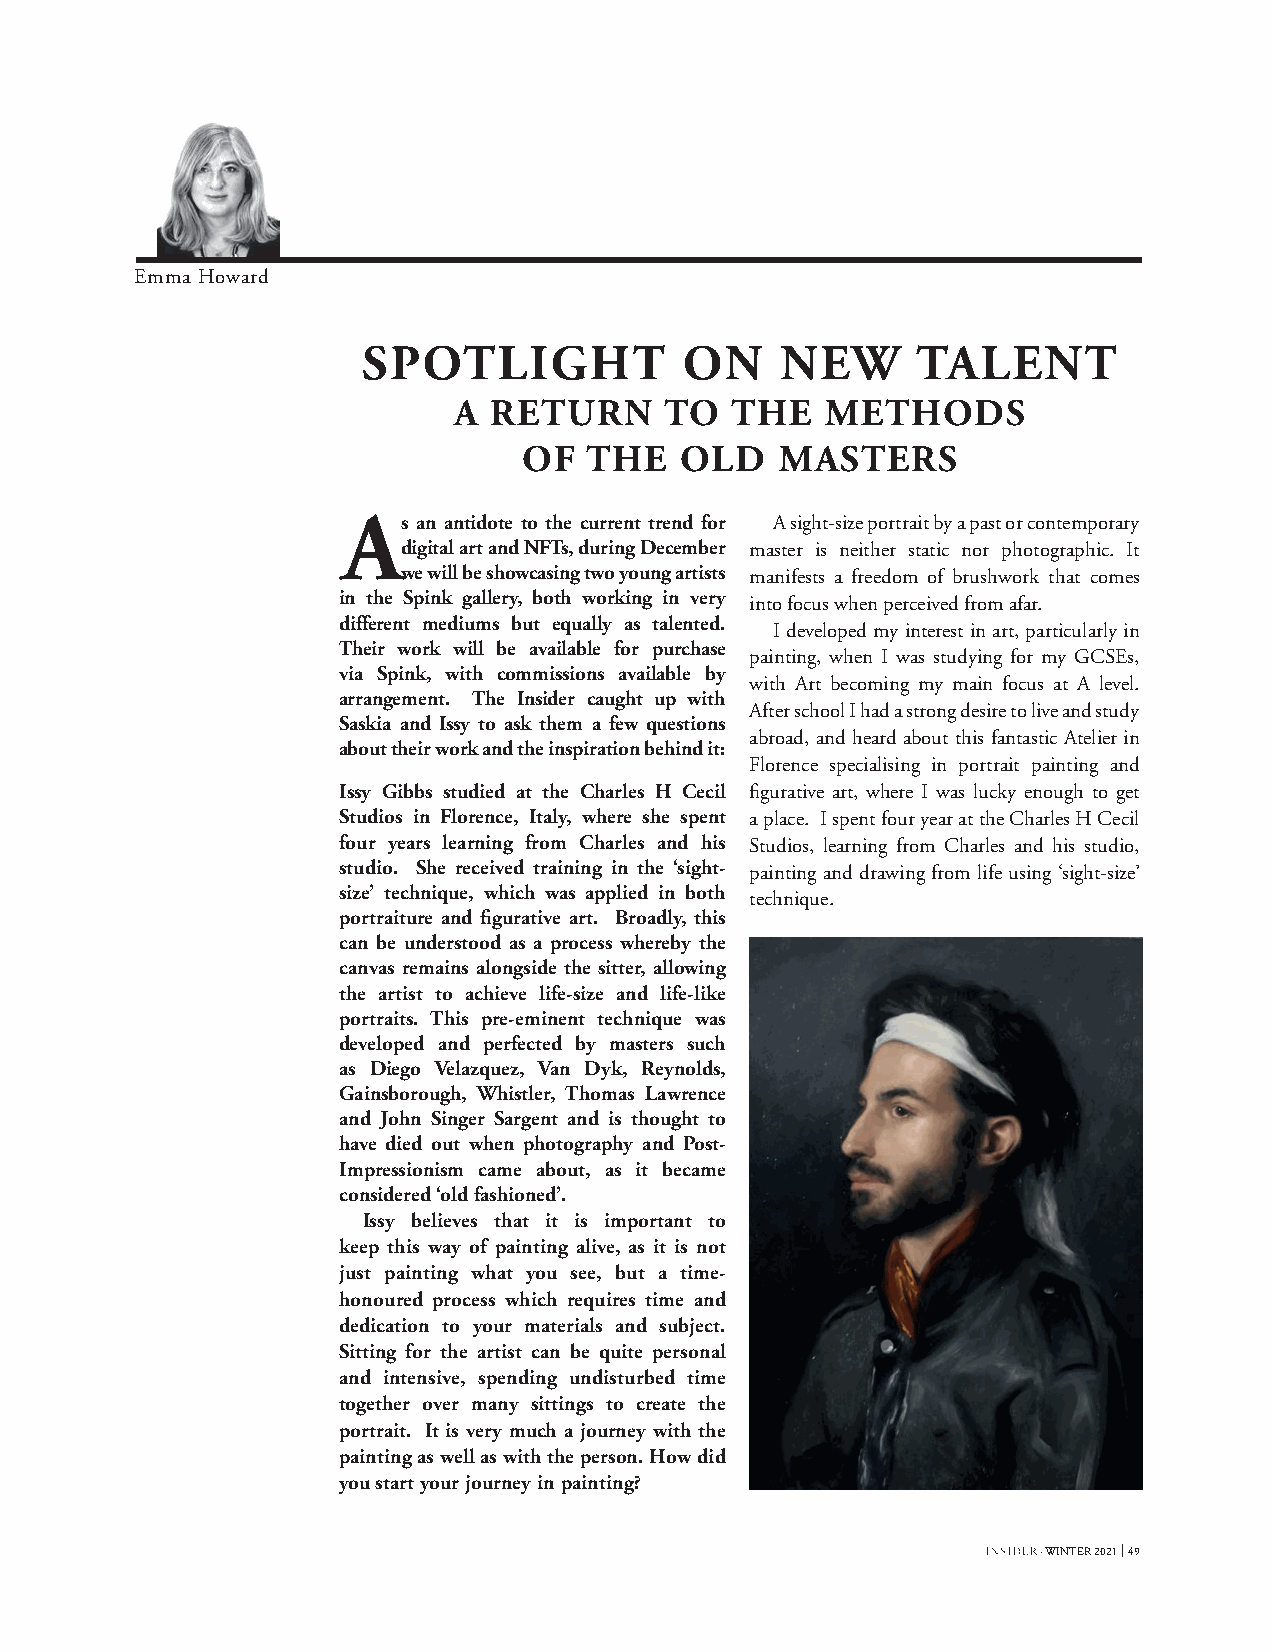
Emma Howard
 SPOTLIGHT            ON     NEW      TALENT
 A RETURN      TO  THE    METHODS
 OF  THE   OLD   MASTERS
 As   an antidote to the current trend for A sight-size portrait by a past or contemporary
 digital art and NFTs, during December master is neither static nor photographic. It
 we will be showcasing two young artists manifests a freedom of brushwork that comes
 in the Spink gallery, both working in very into focus when perceived from afar.
 different mediums but equally as talented.
 I developed my interest in art, particularly in
 Their work will be available for purchase
 painting, when I was studying for my GCSEs,
 via Spink, with commissions available by
 with Art becoming my main focus at A level.
 arrangement. The Insider caught up with
 After school I had a strong desire to live and study
 Saskia and Issy to ask them a few questions
 abroad, and heard about this fantastic Atelier in
 about their work and the inspiration behind it:
 Florence specialising in portrait painting and
 Issy Gibbs studied at the Charles H Cecil figurative art, where I was lucky enough to get
 Studios in Florence, Italy, where she spent a place. I spent four year at the Charles H Cecil
 four years learning from Charles and his Studios, learning from Charles and his studio,
 studio. She received training in the ‘sight- painting and drawing from life using ‘sight-size’
 size’ technique, which was applied in both
 technique.
 portraiture and figurative art. Broadly, this
 can be understood as a process whereby the
 canvas remains alongside the sitter, allowing
 the artist to achieve life-size and life-like
 portraits. This pre-eminent technique was
 developed and perfected by masters such
 as Diego Velazquez, Van Dyk, Reynolds,
 Gainsborough, Whistler, Thomas Lawrence
 and John Singer Sargent and is thought to
 have died out when photography and Post-
 Impressionism came about, as it became
 considered ‘old fashioned’.
 Issy believes that it is important to
 keep this way of painting alive, as it is not
 just painting what you see, but a time-
 honoured process which requires time and
 dedication to your materials and subject.
 Sitting for the artist can be quite personal
 and intensive, spending undisturbed time
 together over many sittings to create the
 portrait. It is very much a journey with the
 painting as well as with the person. How did
 you start your journey in painting?
 · WINTER 2021 49